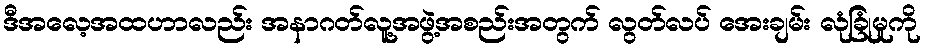
ဒီအလေ့အထဟာလည်း အနာဂတ်လူ့အဖွဲ့အစည်းအတွက် လွတ်လပ် အေးချမ်း လုံခြုံမှုကို